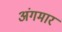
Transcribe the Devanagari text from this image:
अंगमार